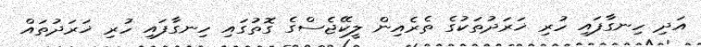
އަދި ހިނގާފައި ހުރި ޚަރަދުތަކުގެ ތެރެއިން ލީކޭޖެސްގެ ގޮތުގައި ހިނގާފައި ހުރި ޚަރަދުތައް